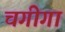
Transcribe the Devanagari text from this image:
चगीगा